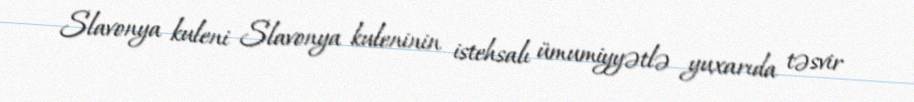
Slavonya kuleni Slavonya kuleninin istehsalı ümumiyyətlə yuxarıda təsvir